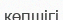
көпшігі